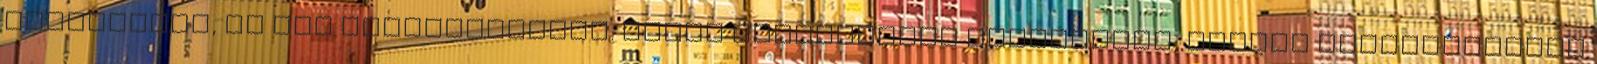
kíváncsian, de nem türelmetlenül. Olyan közvetlenül viselkedik, könnyű felszabadulni